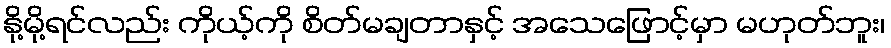
နို့မို့ရင်လည်း ကိုယ့်ကို စိတ်မချတာနှင့် အသေဖြောင့်မှာ မဟုတ်ဘူး၊